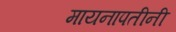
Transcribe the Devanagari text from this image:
मायनापतीनी